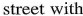
street with